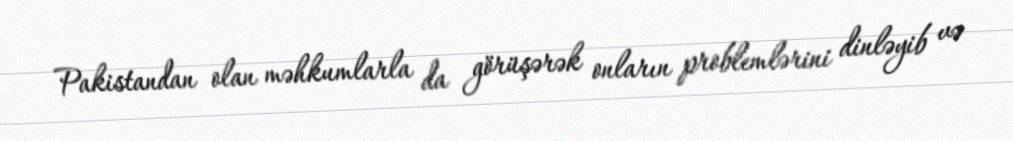
Pakistandan olan məhkumlarla da görüşərək onların problemlərini dinləyib və